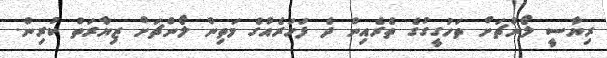
ރިޔާސީ ލޯންޗަށް ތަހުގީގުގެ ތެރެއިން ދެ ފަހަރެއްގެ މަތިން ލޯންޗަށް ޒިޔާރަތް ކުރިން.